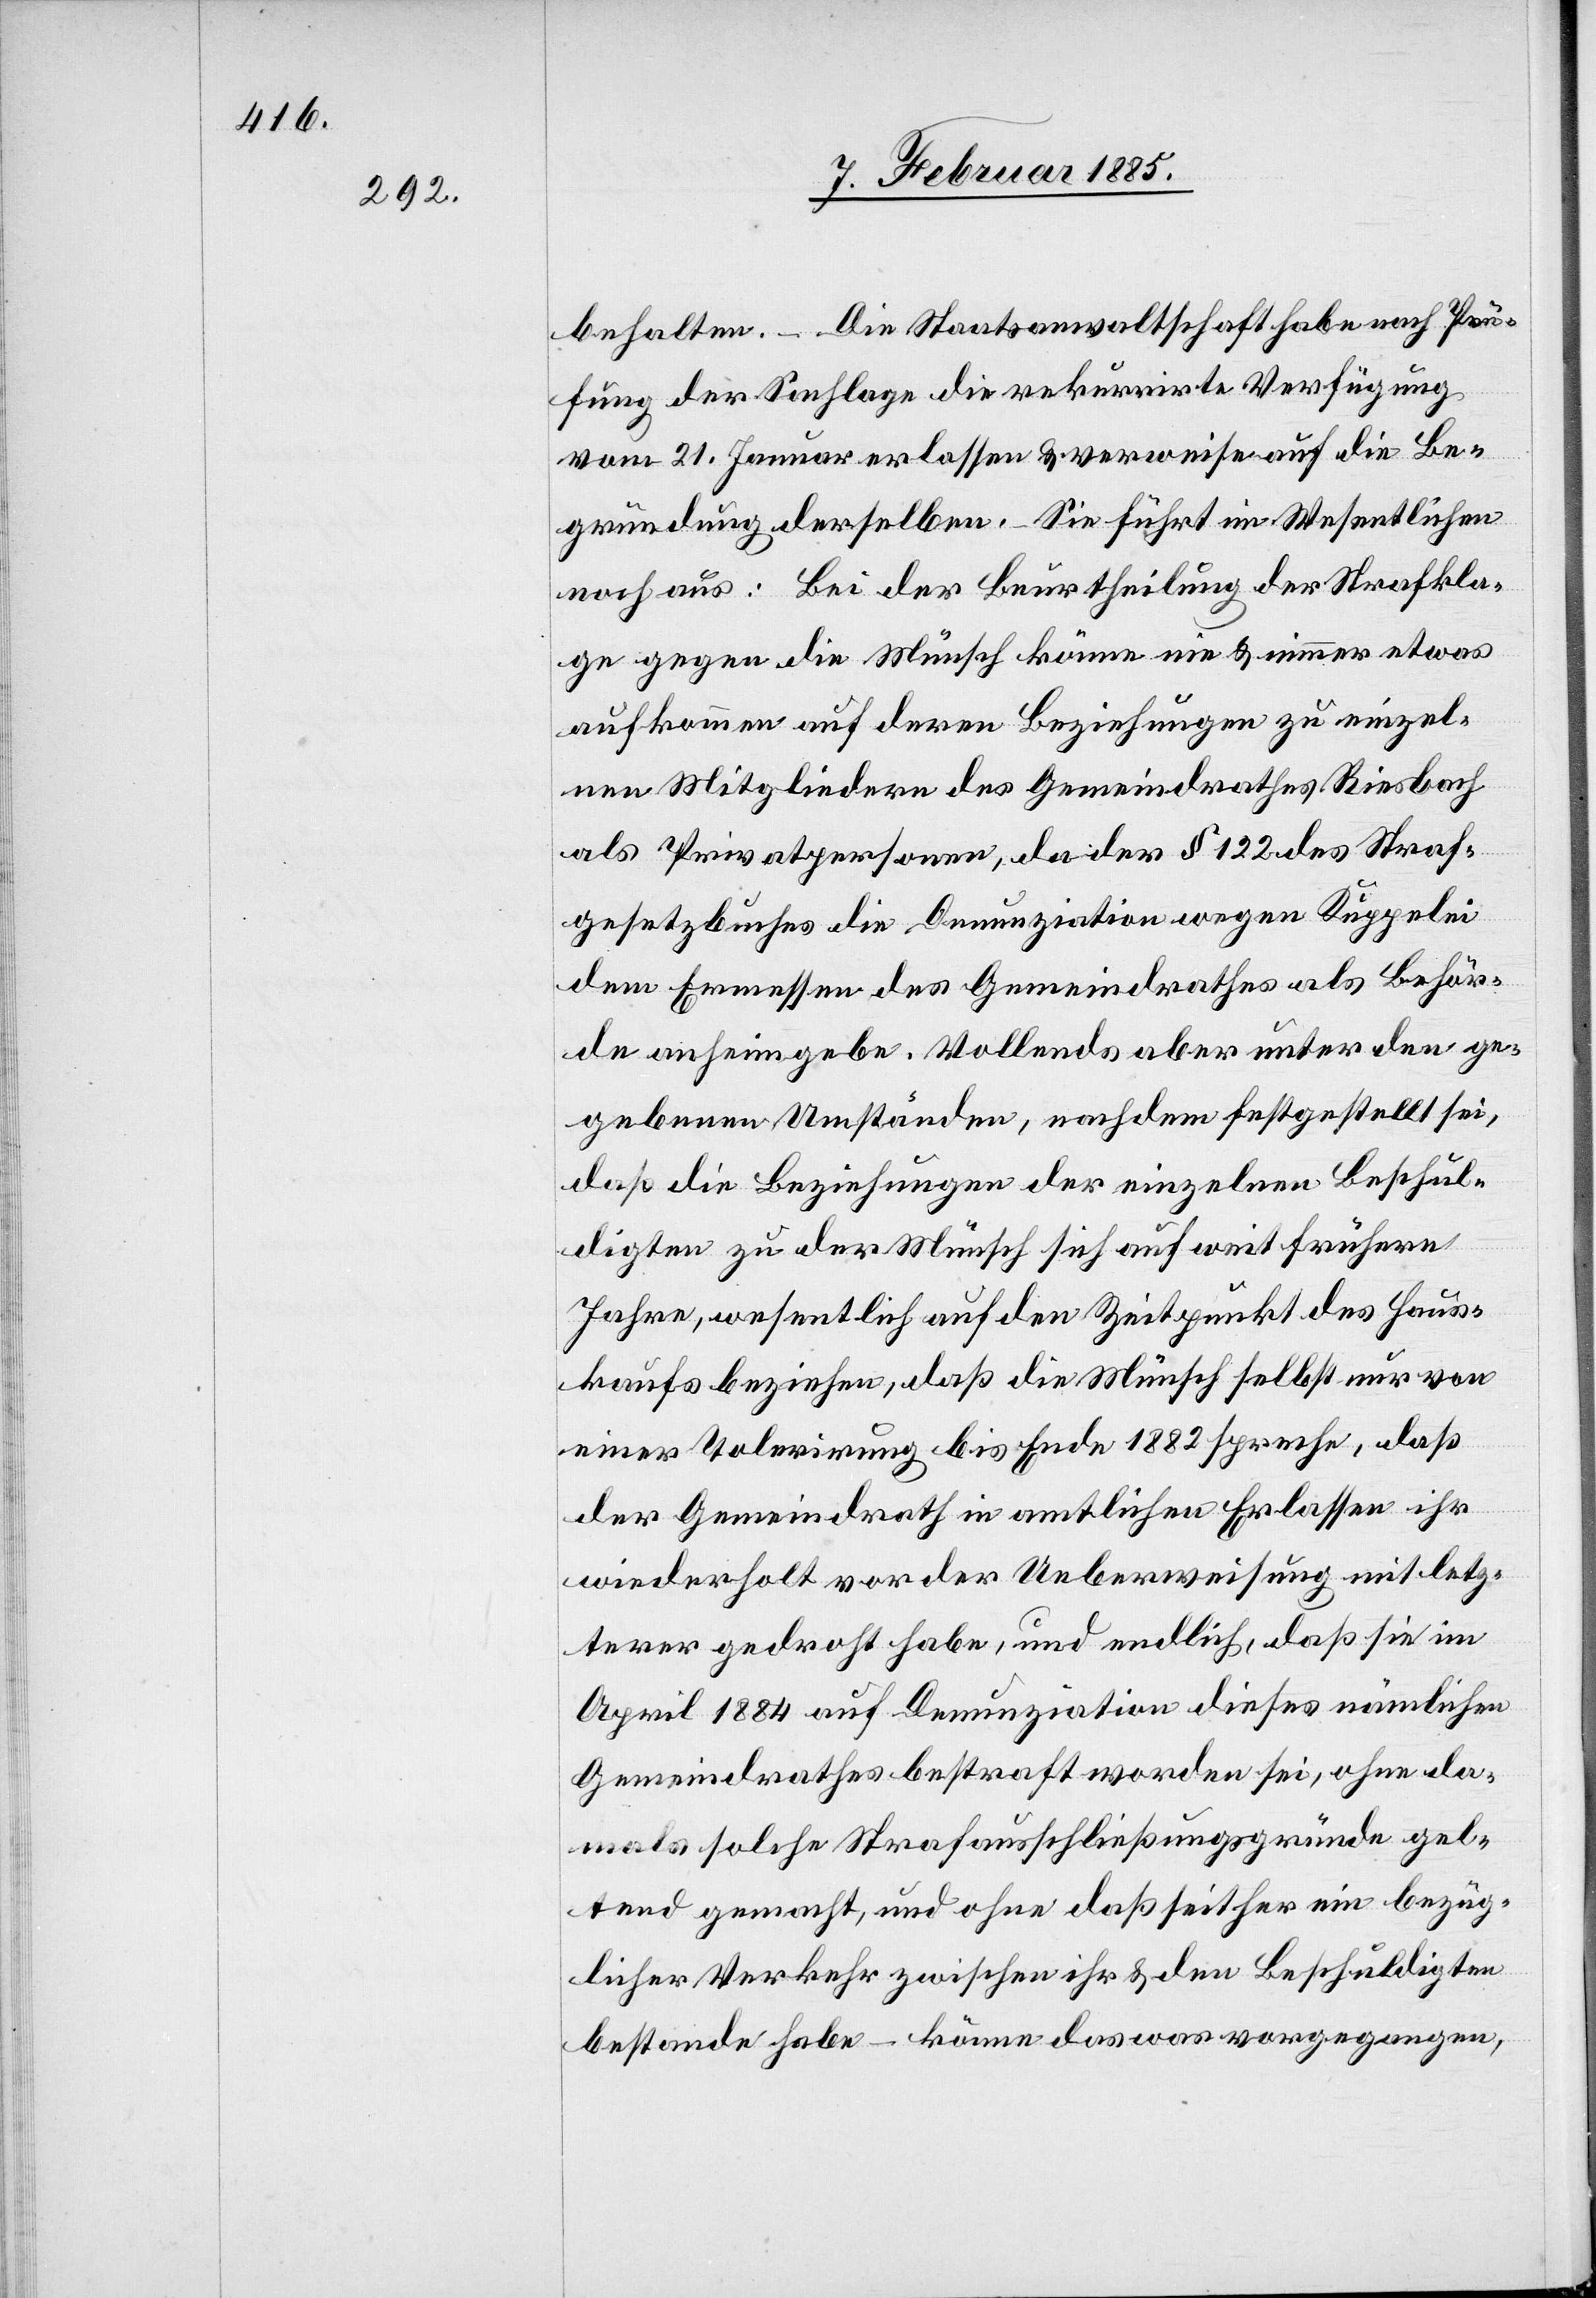
behalten. – Die Staatsanwaltschaft habe nach Prü¬
fung der Sachlage die rekurrirte Verfügung
vom 21. Januar erlassen & verweise auf die Be¬
gründung derselben. Sie führt im Wesentlichen
noch aus: Bei der Beurtheilung der Strafkla¬
ge gegen die Münsch könne nie & immer etwas
aufkommen auf deren Beziehungen zu einzel¬
nen Mitgliedern des Gemeindrathes Riesbach
als Privatpersonen, da der § 122 des Straf¬
gesetzbuches die Denunziation wegen Kuppelei
dem Ermessen des Gemeindrathes als Behör¬
de anheimgebe. Vollends aber unter den ge¬
gebenen Umständen, nachdem festgestellt sei,
daß die Beziehungen der einzelnen Beschul¬
digten zu der Münsch sich auf weit frühere
Jahre, wesentlich auf den Zeitpunkt des Haus¬
kaufs beziehen, daß die Münsch selbst nur von
einer Tolerirung bis Ende 1882 spreche, daß
der Gemeindrath in amtlichen Erlassen ihr
wiederholt vor der Ueberweisung mit letz¬
terer gedroht habe, und endlich, daß sie im
April 1884 auf Denunziation dieses nämlichen
Gemeindrathes bestraft worden sei, ohne da¬
mals solche Strafausschließungsgründe gel¬
tend gemacht, und ohne daß seither ein bezüg¬
licher Verkehr zwischen ihr & den Beschuldigten
bestanden habe – könne das was vorgegangen,